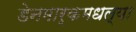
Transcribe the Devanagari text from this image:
डेनमार्कमधल्या